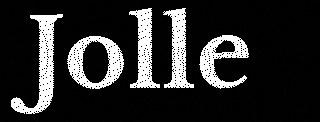
Jolle